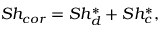
S h _ { c o r } = S h _ { d } ^ { * } + S h _ { c } ^ { * } ,